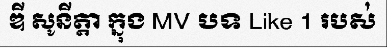
ឌី សូនីត្តា ក្នុង MV បទ Like 1 របស់